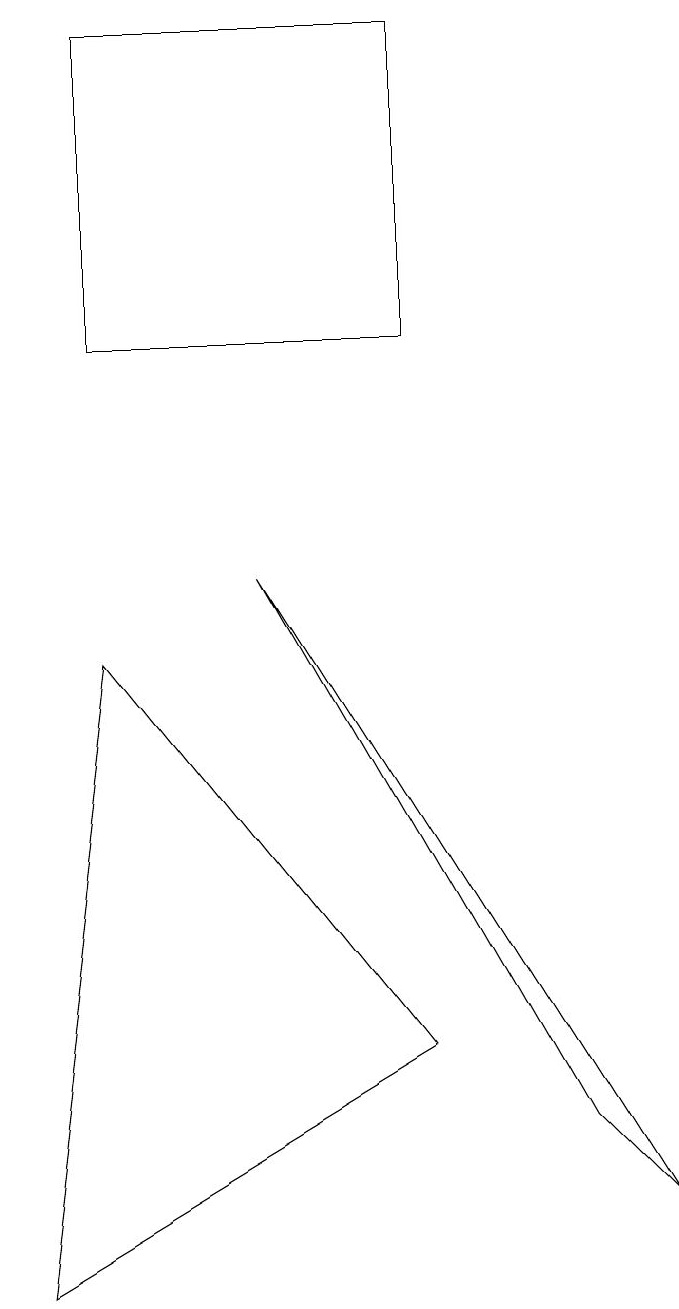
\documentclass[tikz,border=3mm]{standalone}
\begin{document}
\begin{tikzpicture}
\draw (5,3) -- (1,8) -- (0,0) -- cycle;
\draw (8,1) -- (3,9) -- (7,2) -- cycle;
\draw (5,16) rectangle (1,12);
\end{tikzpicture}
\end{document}